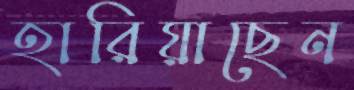
হারিয়াছেন